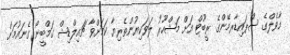
މާވެލްގެ ސްޕައިޑާރމޭންގެ ރީބޫޓް އަށް މަޝްހޫރު ލަވަކިޔުންތެރިޔާ ކަމަށްވާ ޗައިލްޑިޝް ގަމްބީނޯ ގެނައުމަށް